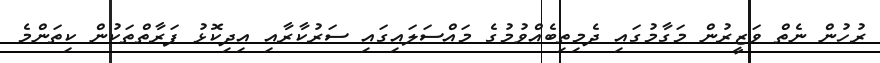
ރުހުން ނެތް ވަޒީރުން މަގާމުގައި ދެމިތިބެއްވުމުގެ މައްސަލައިގައި ސަރުކާރާއި އިދިކޮޅު ފަރާތްތަކުން ކިތަންމެ